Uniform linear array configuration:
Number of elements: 48
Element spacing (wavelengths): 0.75
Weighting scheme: hann
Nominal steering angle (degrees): -30
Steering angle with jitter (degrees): -30.306
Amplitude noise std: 0.05
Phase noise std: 0.05

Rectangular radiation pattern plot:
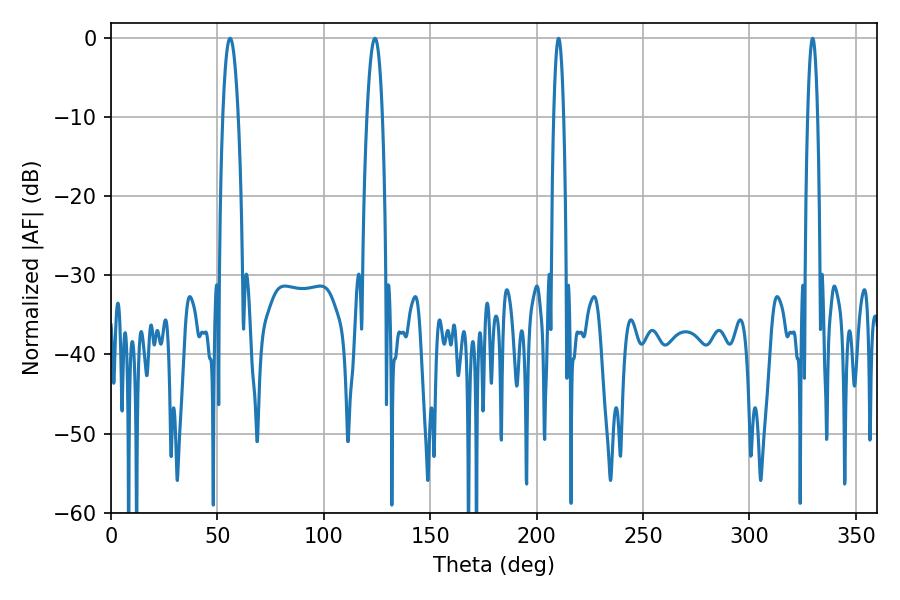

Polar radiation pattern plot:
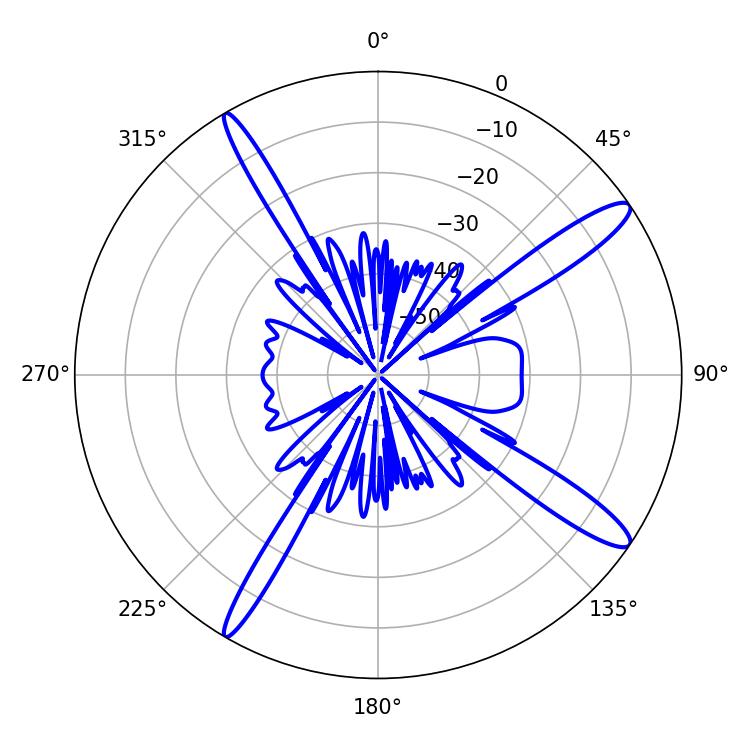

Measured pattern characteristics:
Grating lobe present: TRUE
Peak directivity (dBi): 14.162
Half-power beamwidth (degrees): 3.96
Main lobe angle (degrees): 55.98